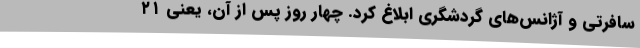
سافرتی و آژانس‌های گردشگری ابلاغ کرد. چهار روز پس از آن، یعنی ۲۱